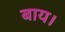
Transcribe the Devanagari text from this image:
बाय।